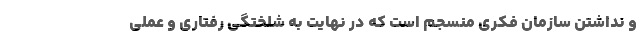
و نداشتن سازمان فکری منسجم است که در نهایت به شلختگی رفتاری و عملی